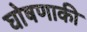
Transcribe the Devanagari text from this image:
घोषणाकी